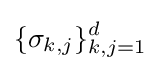
\{\sigma _{k,j}\}_{k,j=1}^{d}